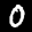
Label: 0